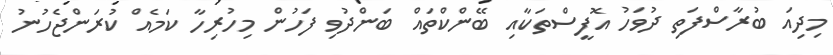
މިދިއަ ބުރާސްފަތި ދުވަހު އޮފީސްތަކާއި ބޭންކްތައް ބަންދުވި ފަހުން މިހުރިހާ ކަމެއް ކުރަންޖެހުނު